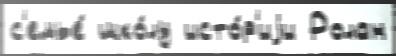
с'емье́ шко́лу исто́р'иjи Ролан